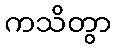
ကသိတွာ